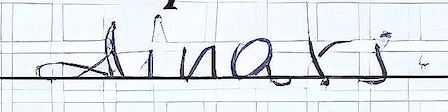
dinars